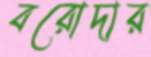
বরোদার